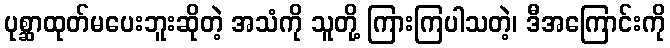
ပုစ္ဆာထုတ်မပေးဘူးဆိုတဲ့ အသံကို သူတို့ ကြားကြပါသတဲ့၊ ဒီအကြောင်းကို